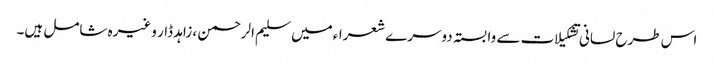
اس طرح لسانی تشکیلات سے وابستہ دوسرے شعراءمیں سلیم الرحمن ، زاہد ڈار وغیرہ شامل ہیں۔